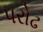
પરોઢ